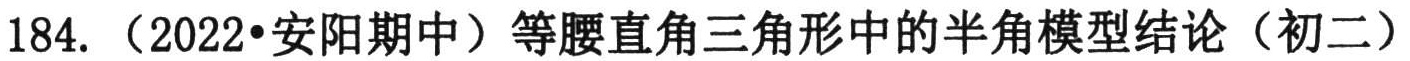
184.（2022•安阳期中）等腰直角三角形中的半角模型结论（初二）